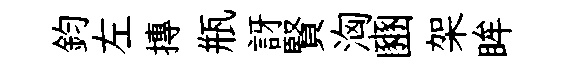
鈞左摶瓶訝賢洶豳架眸